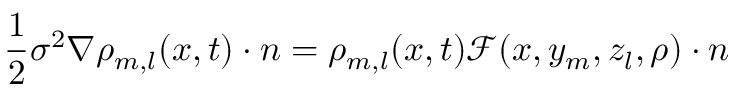
\frac { 1 } { 2 } \sigma ^ { 2 } \nabla \rho _ { m , l } ( x , t ) \cdot n = \rho _ { m , l } ( x , t ) \mathcal F ( x , y _ { m } , z _ { l } , \rho ) \cdot n